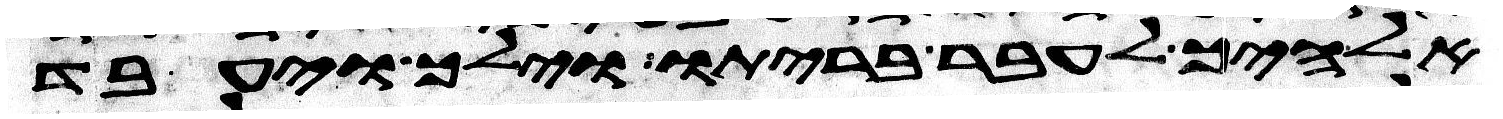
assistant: אלהיך לעבר בריתו וילך ויעבד